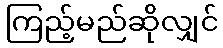
ကြည့်မည်ဆိုလျှင်